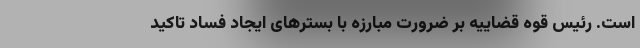
است. رئیس قوه قضاییه بر ضرورت مبارزه با بستر‌های ایجاد فساد تاکید